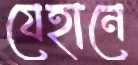
যেহানে